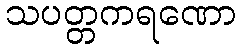
သပတ္တကရဏော